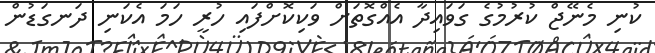
ކުނި މެނޭޖް ކުރުމުގެ ގަވައިދާ އެއްގޮތަށް ވަކިކޮށްފައި ހުރީ ހަމަ އެކަނި ދަނގަޑުން